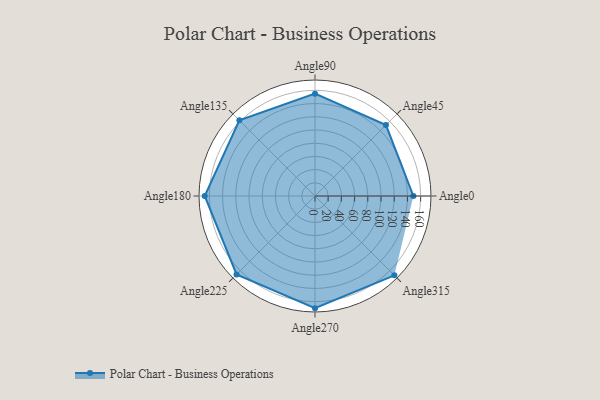
{"axis": {"x": "Angle", "y": "Radius"}, "legend": [""], "data": [{"x": "Angle0", "y": 149.0, "type": ""}, {"x": "Angle45", "y": 152.0, "type": ""}, {"x": "Angle90", "y": 155.0, "type": ""}, {"x": "Angle135", "y": 162.0, "type": ""}, {"x": "Angle180", "y": 167.0, "type": ""}, {"x": "Angle225", "y": 168.0, "type": ""}, {"x": "Angle270", "y": 170, "type": ""}, {"x": "Angle315", "y": 170, "type": ""}]}